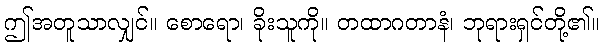
ဤအတူသာလျှင်။ စောရော၊ ခိုးသူကို။ တထာဂတာနံ၊ ဘုရားရှင်တို့၏။